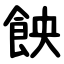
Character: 䬬